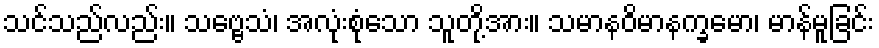
သင်သည်လည်း။ သဗ္ဗေသံ၊ အလုံးစုံသော သူတို့အား။ သမာနဝိမာနက္ခမော၊ မာန်မူခြင်း